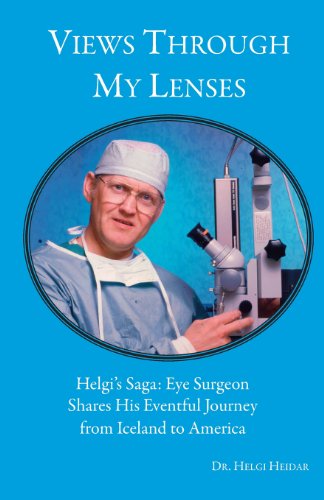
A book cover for Views Through My Lenses; Dr Helgi Heidar; Christian Books & Bibles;